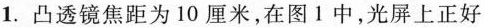
1. 凸透镜焦距为10厘米，在图1中，光屏上正好